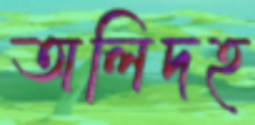
অলিদহ